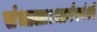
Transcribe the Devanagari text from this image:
संभाला।भार्गववंशी